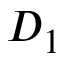
D _ { 1 }